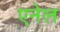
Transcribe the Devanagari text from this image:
एनेल